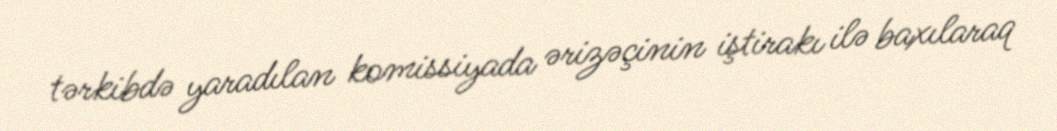
tərkibdə yaradılan komissiyada ərizəçinin iştirakı ilə baxılaraq